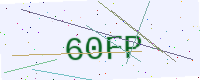
Text: 60FP